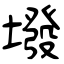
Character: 墢